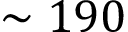
\sim 1 9 0